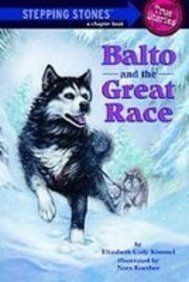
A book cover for Balto and the Great Race (Stepping Stone Book); Elizabeth Cody Kimmel; Sports & Outdoors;